Vaccination in the Punjab 1883-1896 - 1883-1896
Year: 1883
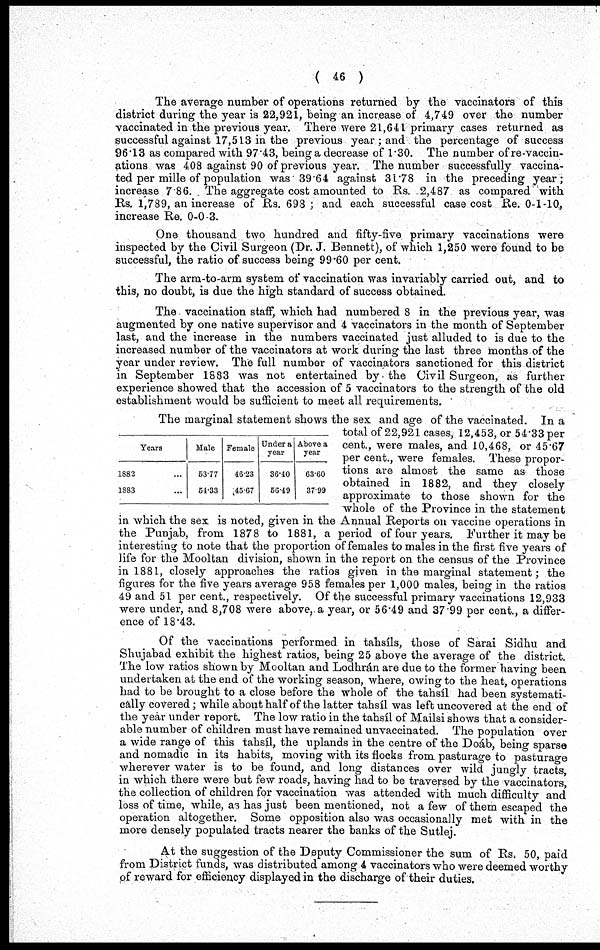
( 46 )
The average number of operations returned by the vaccinators of this
district during the year is 22,921, being an increase of 4,749 over the number
vaccinated in the previous year. There were 21,641 primary cases returned as
successful against 17,513 in the previous year; and the percentage of success
96.13 as compared with 97.43, being a decrease of 1.30. The number of re-vaccin-
ations was 408 against 90 of previous year. The number successfully vaccina-
ted per mille of population was 39.64 against 31.78 in the preceding year ;
increase 7.86. The aggregate cost amounted to Rs. 2,487 as compared with
Rs. 1,789, an increase of Rs. 693; and each successful case cost Re. 0-1-10,
increase Re. 0-0-3.
One thousand two hundred and fifty-five primary vaccinations were
inspected by the Civil Surgeon (Dr. J. Bennett), of which 1,250 were found to be
successful, the ratio of success being 99.60 per cent.
The arm-to-arm system of vaccination was invariably carried out, and to
this, no doubt, is due the high standard of success obtained.
The vaccination staff, which had numbered 8 in the previous year, was
augmented by one native supervisor and 4 vaccinators in the month of September
last, and the increase in the numbers vaccinated just alluded to is due to the
increased number of the vaccinators at work during the last three months of the
year under review. The full number of vaccinators sanctioned for this district
in September 1883 was not entertained by the Civil Surgeon, as further
experience showed that the accession of 5 vaccinators to the strength of the old
establishment would be sufficient to meet all requirements.
Years
1882 ...
1883 ...
Male
53.77
54.33
Female
46.23
45.67
Under a
year
36.40
56.49
Above a
year
63.60
37.99
The marginal statement shows the sex and age of the vaccinated. In a
total of 22,921 cases, 12,453, or 54.33 per
cent., were males, and 10,468, or 45.67
per cent., were females. These propor-
tions are almost the same as those
obtained in 1882, and they closely
approximate to those shown for the
whole of the Province in the statement
in which the sex is noted, given in the Annual Reports on vaccine operations in
the Punjab, from 1878 to 1881, a period of four years. Further it may be
interesting to note that the proportion of females to males in the first five years of
life for the Mooltan division, shown in the report on the census of the Province
in 1881, closely approaches the ratios given in the marginal statement; the
figures for the five years average 958 females per 1,000 males, being in the ratios
49 and 51 per cent., respectively. Of the successful primary vaccinations 12,933
were under, and 8,708 were above, a year, or 56.49 and 37.99 per cent., a differ-
ence of 18.43.
Of the vaccinations performed in tahsíls, those of Sarai Sidhu and
Shujabad exhibit the highest ratios, being 25 above the average of the district.
The low ratios shown by Mooltan and Lodhrán are due to the former having been
undertaken at the end of the working season, where, owing to the heat, operations
had to be brought to a close before the whole of the tahsíl had been systemati-
cally covered; while about half of the latter tahsíl was left uncovered at the end of
the year under report. The low ratio in the tahsíl of Mailsi shows that a consider-
able number of children must have remained unvaccinated. The population over
a wide range of this tahsíl, the uplands in the centre of the Doáb, being sparse
and nomadic in its habits, moving with its flocks from pasturage to pasturage
wherever water is to be found, and long distances over wild jungly tracts,
in which there were but few roads, having had to be traversed by the vaccinators,
the collection of children for vaccination was attended with much difficulty and
loss of time, while, as has just been mentioned, not a few of them escaped the
operation altogether. Some opposition also was occasionally met with in the
more densely populated tracts nearer the banks of the Sutlej.
At the suggestion of the Deputy Commissioner the sum of Rs. 50, paid
from District funds, was distributed among 4 vaccinators who were deemed worthy
of reward for efficiency displayed in the discharge of their duties.